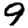
Digit: 9